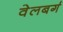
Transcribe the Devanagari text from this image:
वेलबर्ग